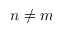
n \neq m